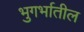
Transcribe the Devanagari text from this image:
भुगर्भातील